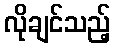
လိုချင်သည့်